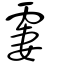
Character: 霋